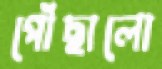
পৌঁছালো